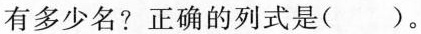
有多少名?正确的列式是()。